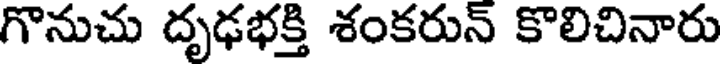
గొనుచు దృఢభక్తి శంకరున్ కొలిచినారు